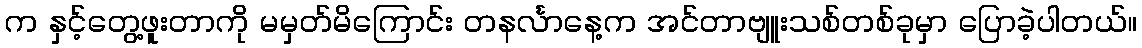
က နှင့်တွေ့ဖူးတာကို မမှတ်မိကြောင်း တနင်္လာနေ့က အင်တာဗျူးသစ်တစ်ခုမှာ ပြောခဲ့ပါတယ်။